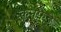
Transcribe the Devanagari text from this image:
कनफेड़े